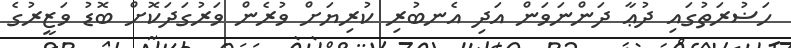
ހަޟުރަތުގައި ދުޢާ ދަންނަވަން އަދި އެނބުރި ކުރިޔަށް ވުރެން ވަރުގަދަކޮށް ބޮޑު ވަޒީރުގެ